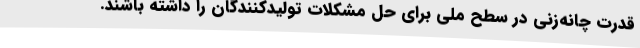
قدرت چانه‌زنی در سطح ملی برای حل مشکلات تولیدکنندگان را داشته باشند.